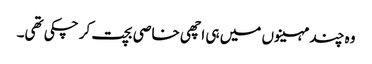
وہ چند مہینوں میں ہی اچھی خاصی بچت کر چکی تھی۔